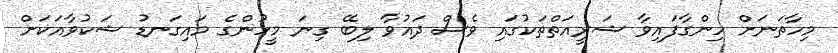
މިހާތަނަށް ހިންގާފައިވާ ޝަރީއަތްތަކުގައި ވެސް ދައުވާ ލިބޭ ގިނަ މީހުންގެ މައިގަނޑު ޝަކުވާއަކަށް